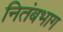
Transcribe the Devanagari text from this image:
नितंबभाग